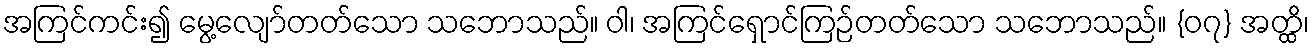
အကြင်ကင်း၍ မွေ့လျော်တတ်သော သဘောသည်။ ဝါ၊ အကြင်ရှောင်ကြဉ်တတ်သော သဘောသည်။ {၀၇} အတ္ထိ၊